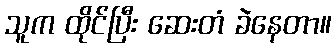
သူက ထိုင်ပြီး ဆေးတံ ခဲနေတာ။